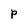
Character: p